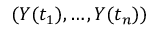
( Y ( t _ { 1 } ) , \ldots , Y ( t _ { n } ) )